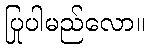
ပြုပါမည်လော။